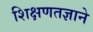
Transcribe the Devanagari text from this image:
शिक्षणतज्ञाने